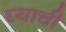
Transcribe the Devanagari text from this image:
घ्याची